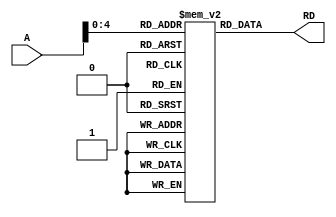
`timescale 1ns / 1ps
//////////////////////////////////////////////////////////////////////////////////
// Company: 
// Engineer: 
// 
// Module Name:    instruction_memory 
// Project Name: 	 pipelined processor
// Revision 0.01 - File Created
// Additional Comments: 
//
//////////////////////////////////////////////////////////////////////////////////
module instruction_memory(
	input wire [31:0] A,			//address 
	output wire [31:0] RD			//output read data
    );

// instruction memory storage
	reg [31:0] ins_mem[31:0];
	
// instruction memory body 
	assign RD = ins_mem[A];

endmodule